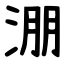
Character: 淜